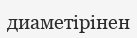
диаметірінен